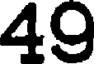
49